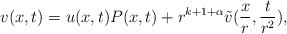
\begin{align*}v(x,t)= u(x, t) P(x,t) + r^{k + 1 +\alpha} \tilde v (\frac{x}{r},\frac{t}{r^2}),\end{align*}